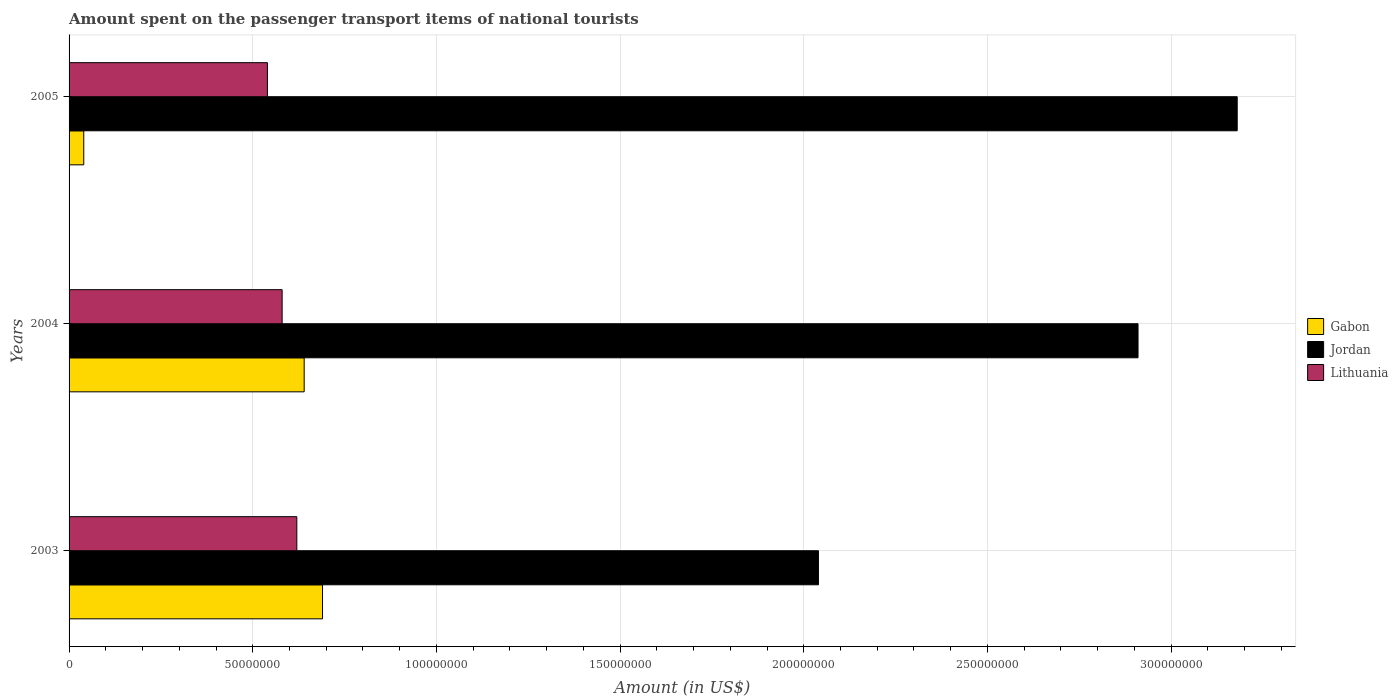
| Years | Gabon | Jordan | Lithuania |
 | --- | --- | --- | --- |
 | 2003 | 6.9e+07 | 2.04e+08 | 6.2e+07 |
 | 2004 | 6.4e+07 | 2.91e+08 | 5.8e+07 |
 | 2005 | 4e+06 | 3.18e+08 | 5.4e+07 |